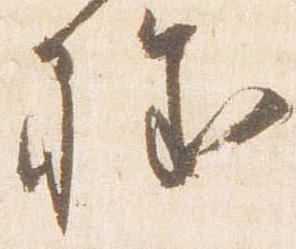
程